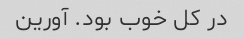
در کل خوب بود. آورین